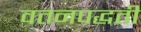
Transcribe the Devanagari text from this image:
वतनपद्धती